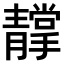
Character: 𩇢